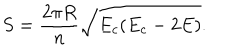
LaTeX: S = \frac { 2 \pi R } { n } \sqrt { E _ { c } ( E _ { c } - 2 E ) } .